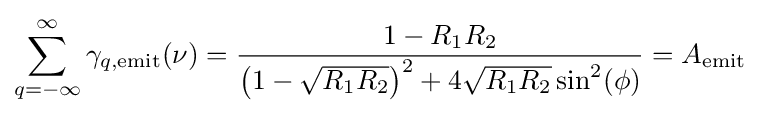
\sum _{q=-\infty }^{\infty }\gamma _{q,{\rm {emit}}}(\nu )={\frac {1-R_{1}R_{2}}{\left({1-{\sqrt {R_{1}R_{2}}}}\right)^{2}+4{\sqrt {R_{1}R_{2}}}\sin ^{2}(\phi )}}=A_{\rm {emit}}